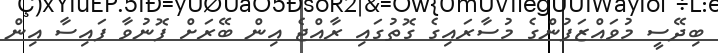
ބިދޭސީ މުވައްޒަފުންގެ މުސާރައިގެ ގޮތުގައި ރާއްޖެ އިން ބޭރަށް ފޮނުވާ ފައިސާ އިން